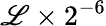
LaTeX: \mathscr{L}\times2^{-6}